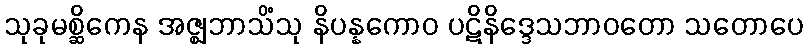
သုခုမစ္ဆိကေန အဇ္ဈဘာသိံသု နိပန္နကောဝ ပဋိနိဒ္ဒေသဘာဝတော သတောပေ